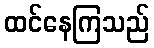
ထင်နေကြသည်